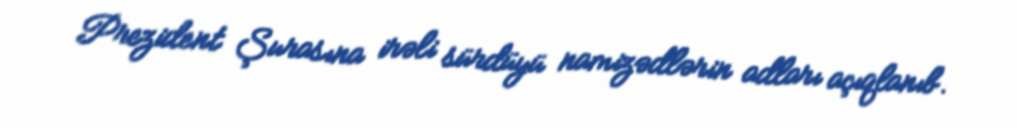
Prezident Şurasına irəli sürdüyü namizədlərin adları açıqlanıb.